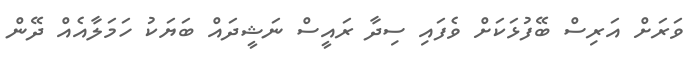
ވަރަށް އަރިސް ބޭފުޅަކަށް ވެފައި ސިދާ ރައީސް ނަޝީދައް ބަޔަކު ހަމަލާއެއް ދޭން